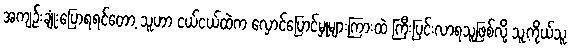
အကျဥ်းချုံးပြောရရင်တော့ သူဟာ ငယ်ငယ်ထဲက လှောင်ပြောင်မှုများကြားထဲ ကြီးပြင်းလာရသူဖြစ်လို့ သူ့ကိုယ်သူ